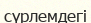
сүрлемдегі